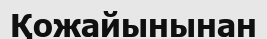
Қожайынынан